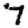
Digit: 7